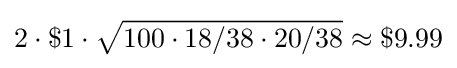
2\cdot \$1\cdot {\sqrt {100\cdot 18/38\cdot 20/38}}\approx \$9.99